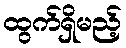
ထွက်ရှိမည့်